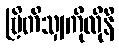
ဗြိတိသျှကိုလိုနီ